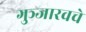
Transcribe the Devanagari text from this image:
गुञ्जारवचे